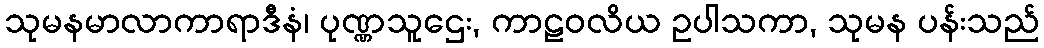
သုမနမာလာကာရာဒီနံ၊ ပုဏ္ဏသူဌေး, ကာဠဝလိယ ဥပါသကာ, သုမန ပန်းသည်